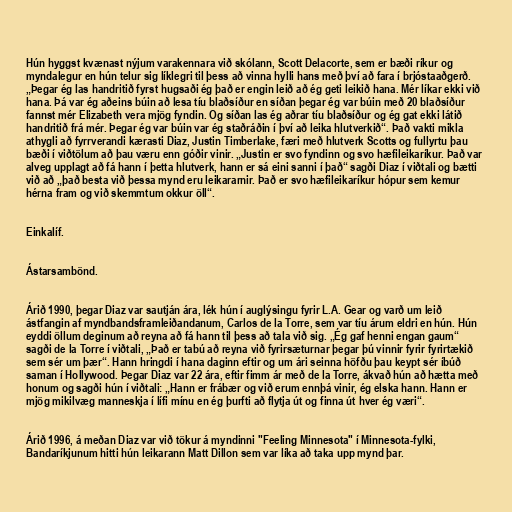
Hún hyggst kvænast nýjum varakennara við skólann, Scott Delacorte, sem er bæði ríkur og
myndalegur en hún telur sig líklegri til þess að vinna hylli hans með því að fara í brjóstaaðgerð.
„Þegar ég las handritið fyrst hugsaði ég það er engin leið að ég geti leikið hana. Mér líkar ekki við
hana. Þá var ég aðeins búin að lesa tíu blaðsíður en síðan þegar ég var búin með 20 blaðsíður
fannst mér Elizabeth vera mjög fyndin. Og síðan las ég aðrar tíu blaðsíður og ég gat ekki látið
handritið frá mér. Þegar ég var búin var ég staðráðin í því að leika hlutverkið“. Það vakti mikla
athygli að fyrrverandi kærasti Diaz, Justin Timberlake, færi með hlutverk Scotts og fullyrtu þau
bæði í viðtölum að þau væru enn góðir vinir. „Justin er svo fyndinn og svo hæfileikaríkur. Það var
alveg upplagt að fá hann í þetta hlutverk, hann er sá eini sanni í það“ sagði Diaz í viðtali og bætti
við að „það besta við þessa mynd eru leikararnir. Það er svo hæfileikaríkur hópur sem kemur
hérna fram og við skemmtum okkur öll“.

Einkalíf.

Ástarsambönd.

Árið 1990, þegar Diaz var sautján ára, lék hún í auglýsingu fyrir L.A. Gear og varð um leið
ástfangin af myndbandsframleiðandanum, Carlos de la Torre, sem var tíu árum eldri en hún. Hún
eyddi öllum deginum að reyna að fá hann til þess að tala við sig. „Ég gaf henni engan gaum“
sagði de la Torre í viðtali, „Það er tabú að reyna við fyrirsæturnar þegar þú vinnir fyrir fyrirtækið
sem sér um þær“. Hann hringdi í hana daginn eftir og um ári seinna höfðu þau keypt sér íbúð
saman í Hollywood. Þegar Diaz var 22 ára, eftir fimm ár með de la Torre, ákvað hún að hætta með
honum og sagði hún í viðtali: „Hann er frábær og við erum ennþá vinir, ég elska hann. Hann er
mjög mikilvæg manneskja í lífi mínu en ég þurfti að flytja út og finna út hver ég væri“.

Árið 1996, á meðan Diaz var við tökur á myndinni "Feeling Minnesota" í Minnesota-fylki,
Bandaríkjunum hitti hún leikarann Matt Dillon sem var líka að taka upp mynd þar.